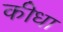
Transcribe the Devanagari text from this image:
कीधा